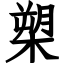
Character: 槊